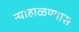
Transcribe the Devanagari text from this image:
न्याहाळण्यास